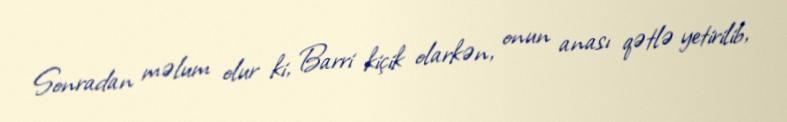
Sonradan məlum olur ki, Barri kiçik olarkən, onun anası qətlə yetirilib,